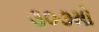
૩૦૭મો